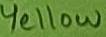
Text: Yellow